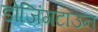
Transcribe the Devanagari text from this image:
डोजिंगटाउन